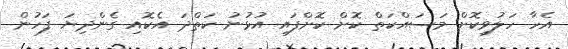
އެހާ ހަލުވިކޮށް މަސައްކަތް ކޮށް ކޮށްފައި އުޅުނު ކަތްދަ އެކޮއި ގެންދިޔަ ފަހުން